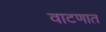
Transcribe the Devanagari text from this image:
वाटणात